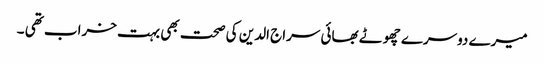
میرے دوسرے چھوٹے بھائی سراج الدین کی صحت بھی بہت خراب تھی ۔